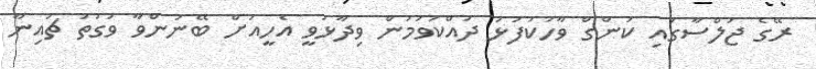
ރޭގެ ޖަލްސާގައި ކަންގް ވާހަކަފުޅު ދައްކަވަމުން ވިދާޅުވީ އެހީއަށް ބޭނުންވާ ވަގުތު ޗައިނާ